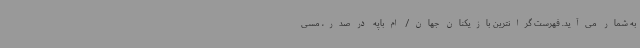
به شمار می‌آید. فهرست گرانترین بازیکنان جهان/ ام‌باپه در صدر، مسی